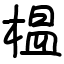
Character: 榅